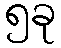
၅ခု